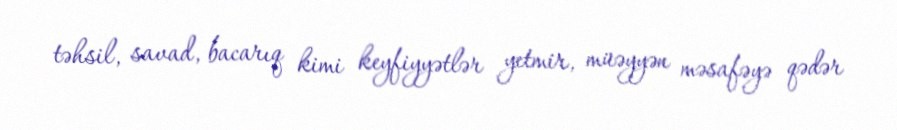
təhsil, savad, bacarıq kimi keyfiyyətlər yetmir, müəyyən məsafəyə qədər